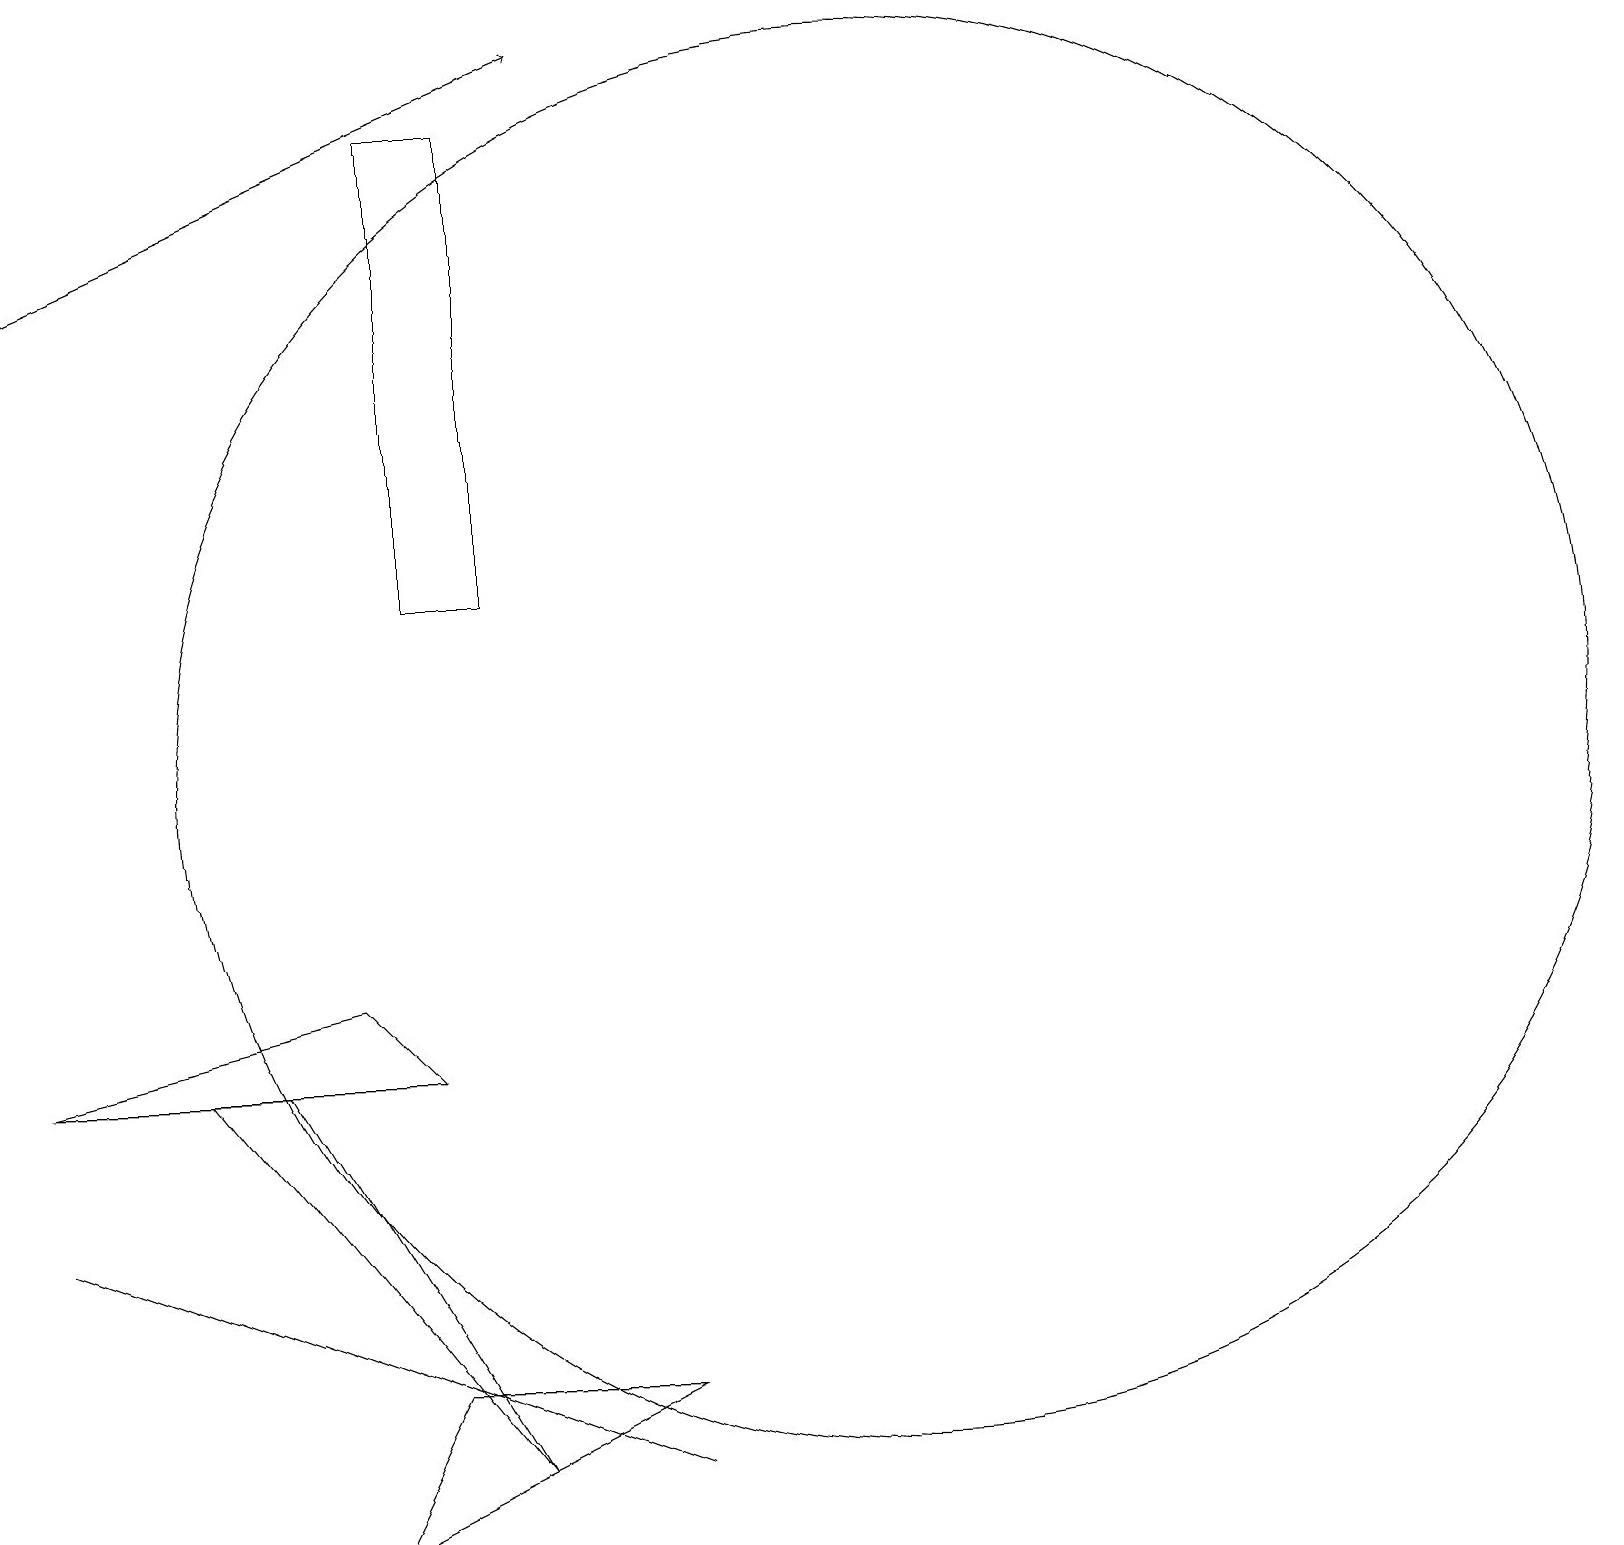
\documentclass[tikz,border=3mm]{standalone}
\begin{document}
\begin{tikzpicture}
\draw (2,6) -- (3,6) -- (6,1) -- cycle;
\draw (11,10) circle (9);
\draw[->] (0,16) -- (7,19);
\draw (4,7) -- (5,6) -- (0,6) -- cycle;
\draw (0,4) -- (8,1) -- (0,4) -- cycle;
\draw (5,14) rectangle (5,17);
\draw (4,0) -- (8,2) -- (5,2) -- cycle;
\draw (5,12) rectangle (6,18);
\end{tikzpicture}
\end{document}